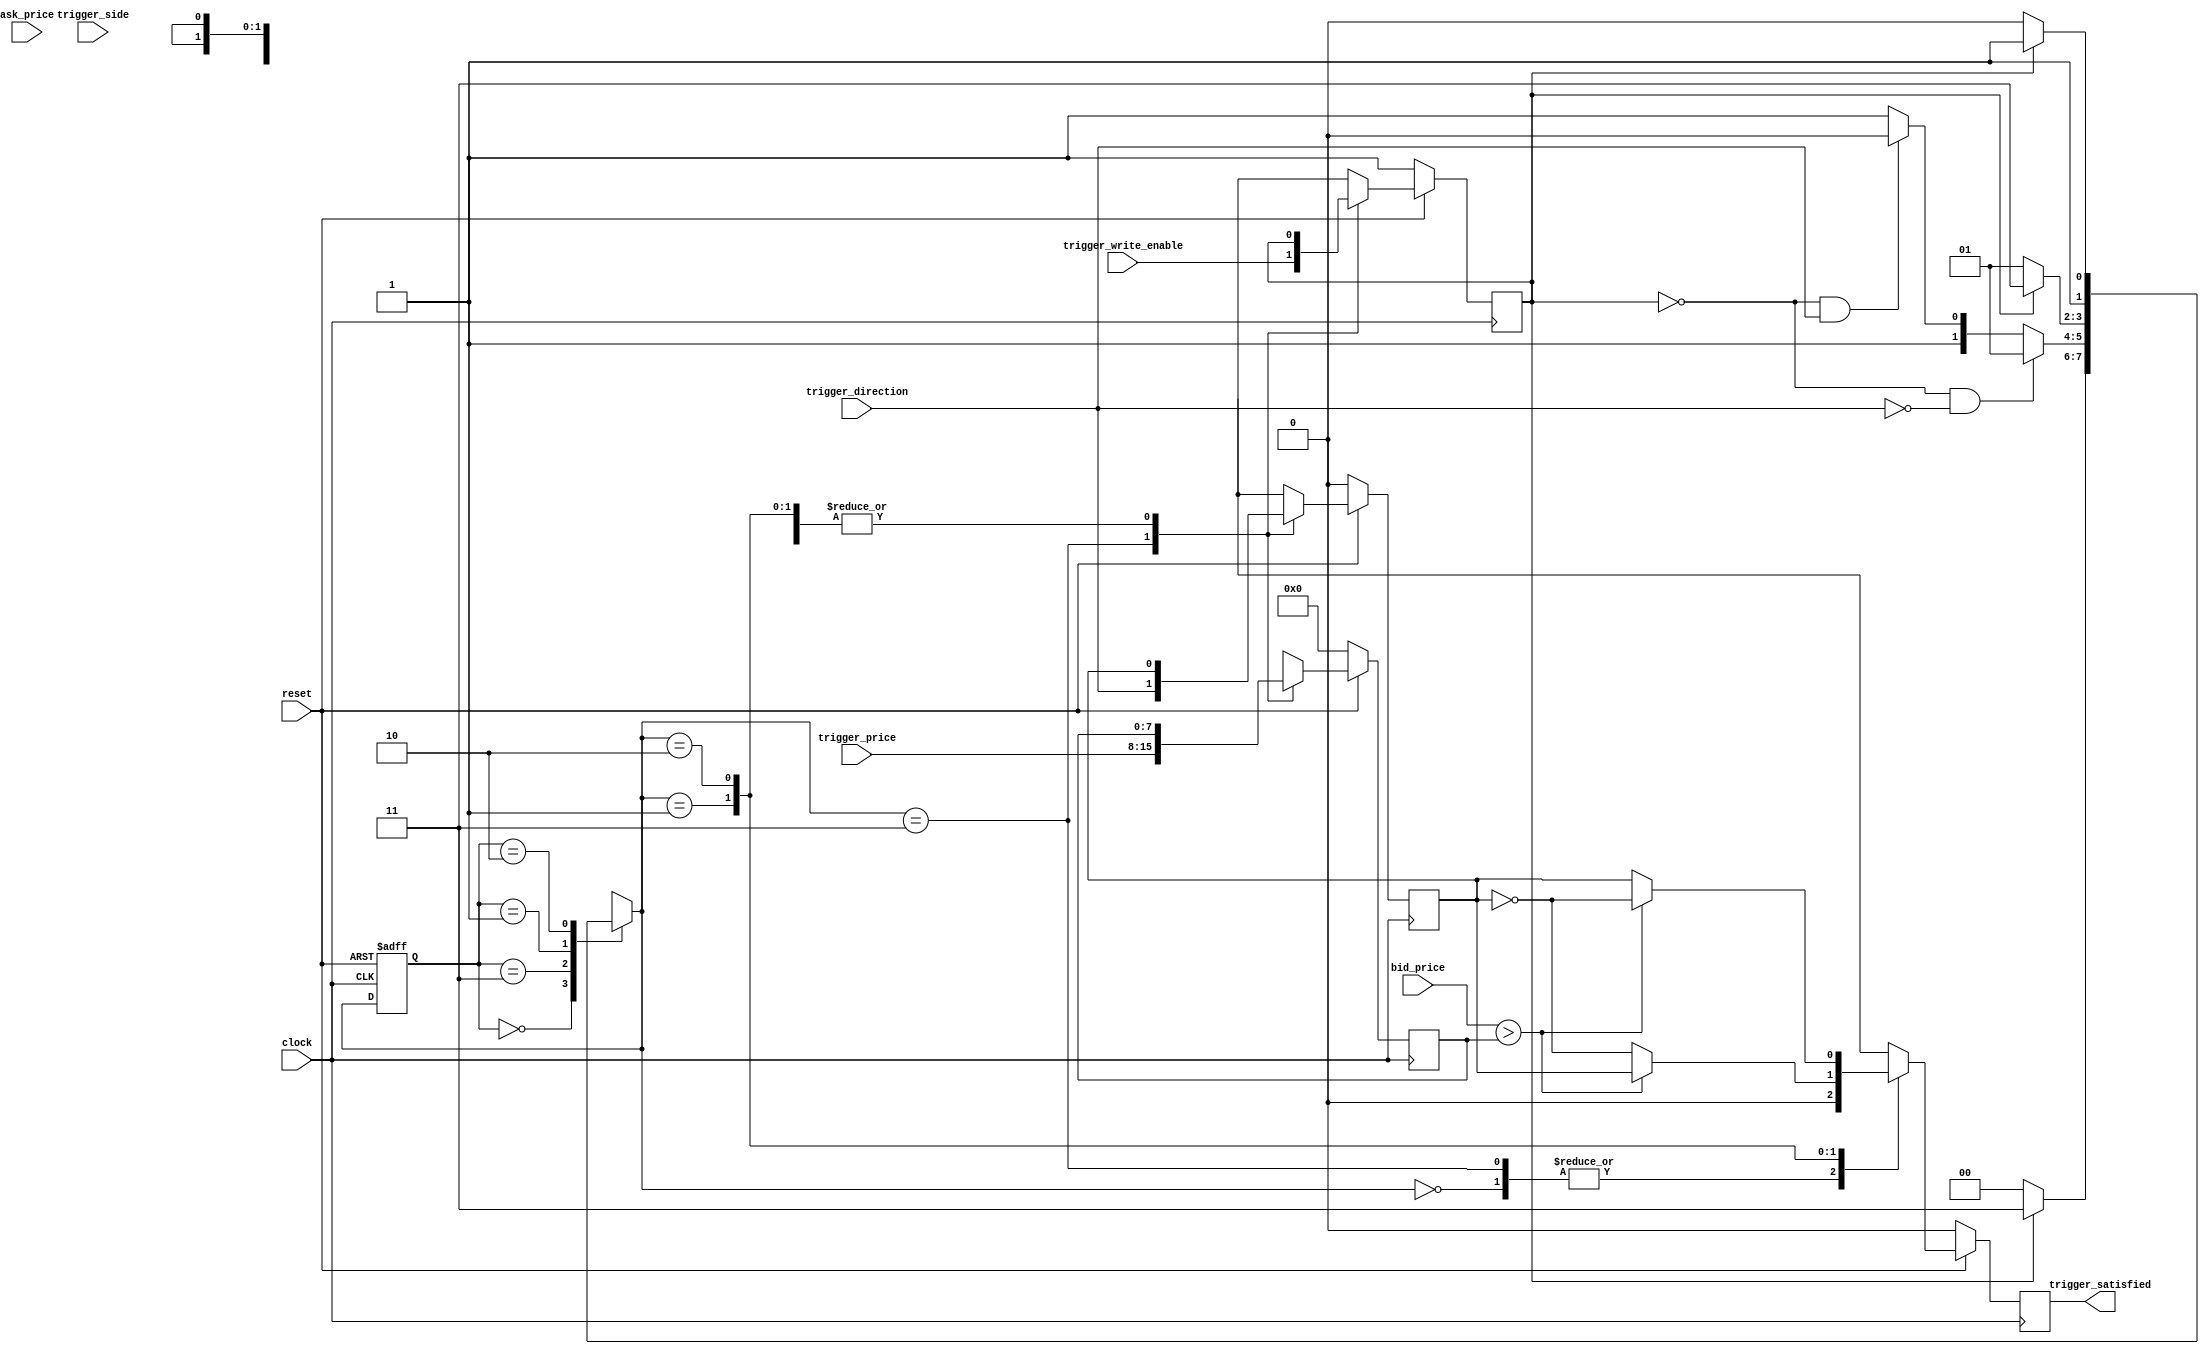
//
// Simple trigger:
// Store a price trigger and compare it against a stream of market prices to
// check whether market conditions satisfy the trigger. Whether a price is
// more aggressive or less aggressive than another price depends on whether
// the price is a bid price or an ask price. For a bid price, a higher price
// is a more aggressive price and a lower price is a less aggressive price.
// For an ask price, a lower price is a more aggressive price and a higher
// price is a less aggressive price. Triggers are expressed as follows: is
// the market price for trigger_side more or less aggressive than the
// trigger_price? For example: If trigger_side indicates bid,
// trigger_direction indicates more aggressive, and trigger_price is 100,
// then trigger_satisified should be true when bid_price is greater than 100.
//
// clock: during a positive edge, store trigger_price, trigger_side and
// trigger_direction to become active next cycle if trigger_write_enable,
// compare market price to active trigger_price, trigger_side and
// trigger_direction to determine output trigger_satisfied.
// reset: If reset is 1 during a positive clock edge, store 0 in
// trigger_satisfied for next cycle and treat trigger_price, trigger_side
// and trigger_direction as if they were 0 and trigger_write_enable as if it
// were 1 this cycle.
//
// trigger_write_enable: 0 = do not store trigger, 1 = store trigger.
// trigger_side: 0 = bid, 1 = ask.
// trigger_direction: 0 = less aggressive, 1 = more aggressive. A higher bid
// is more aggressive. A lower ask is more aggressive.
// trigger_price: a reference price to compare against in the trigger.
//
// bid_price: input market highest bid price.
// ask_price: input market lowest ask price.
//
// trigger_satisfied: 1 if the market price compares to the trigger_price as
// specified in trigger_side and trigger_direction, and 0 otherwise.
//
module trigger (
input clock,
input reset,
input trigger_write_enable,
input trigger_side,
input trigger_direction,
input [7:0] trigger_price,

input [7:0] bid_price,
input [7:0] ask_price,
output reg trigger_satisfied = 0
);
//Fill in the implementation of trigger here.
parameter 	IDLE = 2'b00,
			READ_TRIGGER = 2'b11,
			BID_STATE = 2'b01,
			ASK_STATE = 2'b10;
			
reg [1:0] c_state, n_state;
reg s_trigger_side;
reg s_trigger_direction;
reg s_trigger_write_enable;
reg [7:0] s_trigger_price;

always @ (posedge(clock), posedge(reset))
begin
	if(reset)
	begin
		c_state <= IDLE;
	end else
		c_state <= n_state;
end

always @(c_state, s_trigger_write_enable, trigger_side)
begin
    case (c_state)
		IDLE			: 	if(!s_trigger_write_enable) 	
								n_state = IDLE;
							else						n_state = READ_TRIGGER;
		READ_TRIGGER	:	if(!s_trigger_write_enable && !trigger_direction)
								n_state = BID_STATE;
							else if(!s_trigger_write_enable && trigger_direction)
								n_state = ASK_STATE;
							else
								n_state = READ_TRIGGER;
		BID_STATE				:	if(s_trigger_write_enable) 	
								n_state = READ_TRIGGER;
							else						
								n_state = BID_STATE;
		ASK_STATE				:	if(s_trigger_write_enable) 	
								n_state = READ_TRIGGER;
							else						
								n_state = ASK_STATE;
		endcase
end

always @(posedge(clock))
begin
// reset: If reset is 1 during a positive clock edge, store 0 in
// trigger_satisfied for next cycle and treat trigger_price, trigger_side
// and trigger_direction as if they were 0 and trigger_write_enable as if it
// were 1 this cycle.
	if (reset == 0)
	begin
		trigger_satisfied <= 1'b0;
		s_trigger_side <= 1'b0;
		s_trigger_direction <= 1'b0;
		s_trigger_write_enable <= 1'b1;
		
		s_trigger_price <= 8'b0;
		trigger_satisfied <= 1'b0;
	end else
	begin
		s_trigger_write_enable <= trigger_write_enable;
		case (n_state)
			IDLE :
            begin
				s_trigger_side <= s_trigger_side;
				s_trigger_direction <= s_trigger_direction;
				s_trigger_write_enable <= s_trigger_write_enable;
				s_trigger_price <= s_trigger_price;
				
				trigger_satisfied <= 1'b0;
            end
			READ_TRIGGER :
			begin
                s_trigger_side <= trigger_side;
				s_trigger_direction <= trigger_direction;
				s_trigger_write_enable <= trigger_write_enable;
				s_trigger_price <= trigger_price;
				
				trigger_satisfied <= 1'b0;
			end	
			BID_STATE:	
            begin
				s_trigger_side <= s_trigger_side;
				s_trigger_direction <= s_trigger_direction;
				s_trigger_write_enable <= s_trigger_write_enable;
				s_trigger_price <= s_trigger_price;
				
				if(bid_price > s_trigger_price)
					trigger_satisfied <= s_trigger_direction;
				else
					trigger_satisfied <= !(s_trigger_direction); 
            end
			ASK_STATE:
            begin
				s_trigger_side <= s_trigger_side;
				s_trigger_direction <= s_trigger_direction;
				s_trigger_write_enable <= s_trigger_write_enable;
				s_trigger_price <= s_trigger_price;
				
				if(bid_price > s_trigger_price)
					trigger_satisfied <= !(s_trigger_direction);
				else
					trigger_satisfied <= s_trigger_direction;
            end
			endcase
			
// Simple trigger:
// Store a price trigger and compare it against a stream of market prices to
// check whether market conditions satisfy the trigger. Whether a price is
// more aggressive or less aggressive than another price depends on whether
// the price is a bid price or an ask price. 

// For a bid price, a higher price
// is a more aggressive price and a lower price is a less aggressive price.

// For an ask price, a lower price is a more aggressive price and a higher
// price is a less aggressive price. 

// Triggers are expressed as follows: is
// the market price for trigger_side more or less aggressive than the
// trigger_price? For example: If trigger_side indicates bid,
// trigger_direction indicates m
	end
end
endmodule